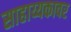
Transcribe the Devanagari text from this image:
साहाय्यकावर